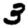
Digit: 3